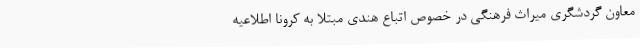
معاون گردشگری میراث فرهنگی در خصوص اتباع هندی مبتلا به کرونا اطلاعیه